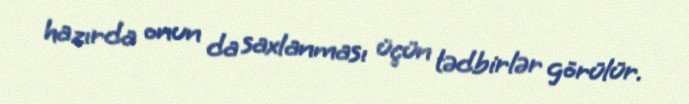
hazırda onun da saxlanması üçün tədbirlər görülür.